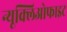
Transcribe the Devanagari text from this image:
न्यूक्लिओफाइट